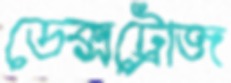
ডেক্সট্রোজ